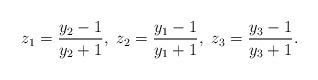
LaTeX: \begin{align*} z_1 = \frac{y_2-1}{y_2+1},\ z_2 = \frac{y_1-1}{y_1+1},\ z_3 = \frac{y_3-1}{y_3+1}. \end{align*}